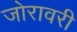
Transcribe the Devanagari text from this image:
जोरावरी